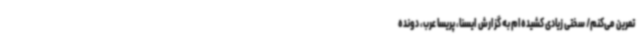
تمرین می‌کنم/ سختی زیادی کشیده‌ام به گزارش ایسنا، پریسا عرب، دونده